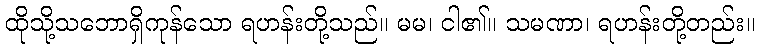
ထိုသို့သဘောရှိကုန်သော ရဟန်းတို့သည်။ မမ၊ ငါ၏။ သမဏာ၊ ရဟန်းတို့တည်း။